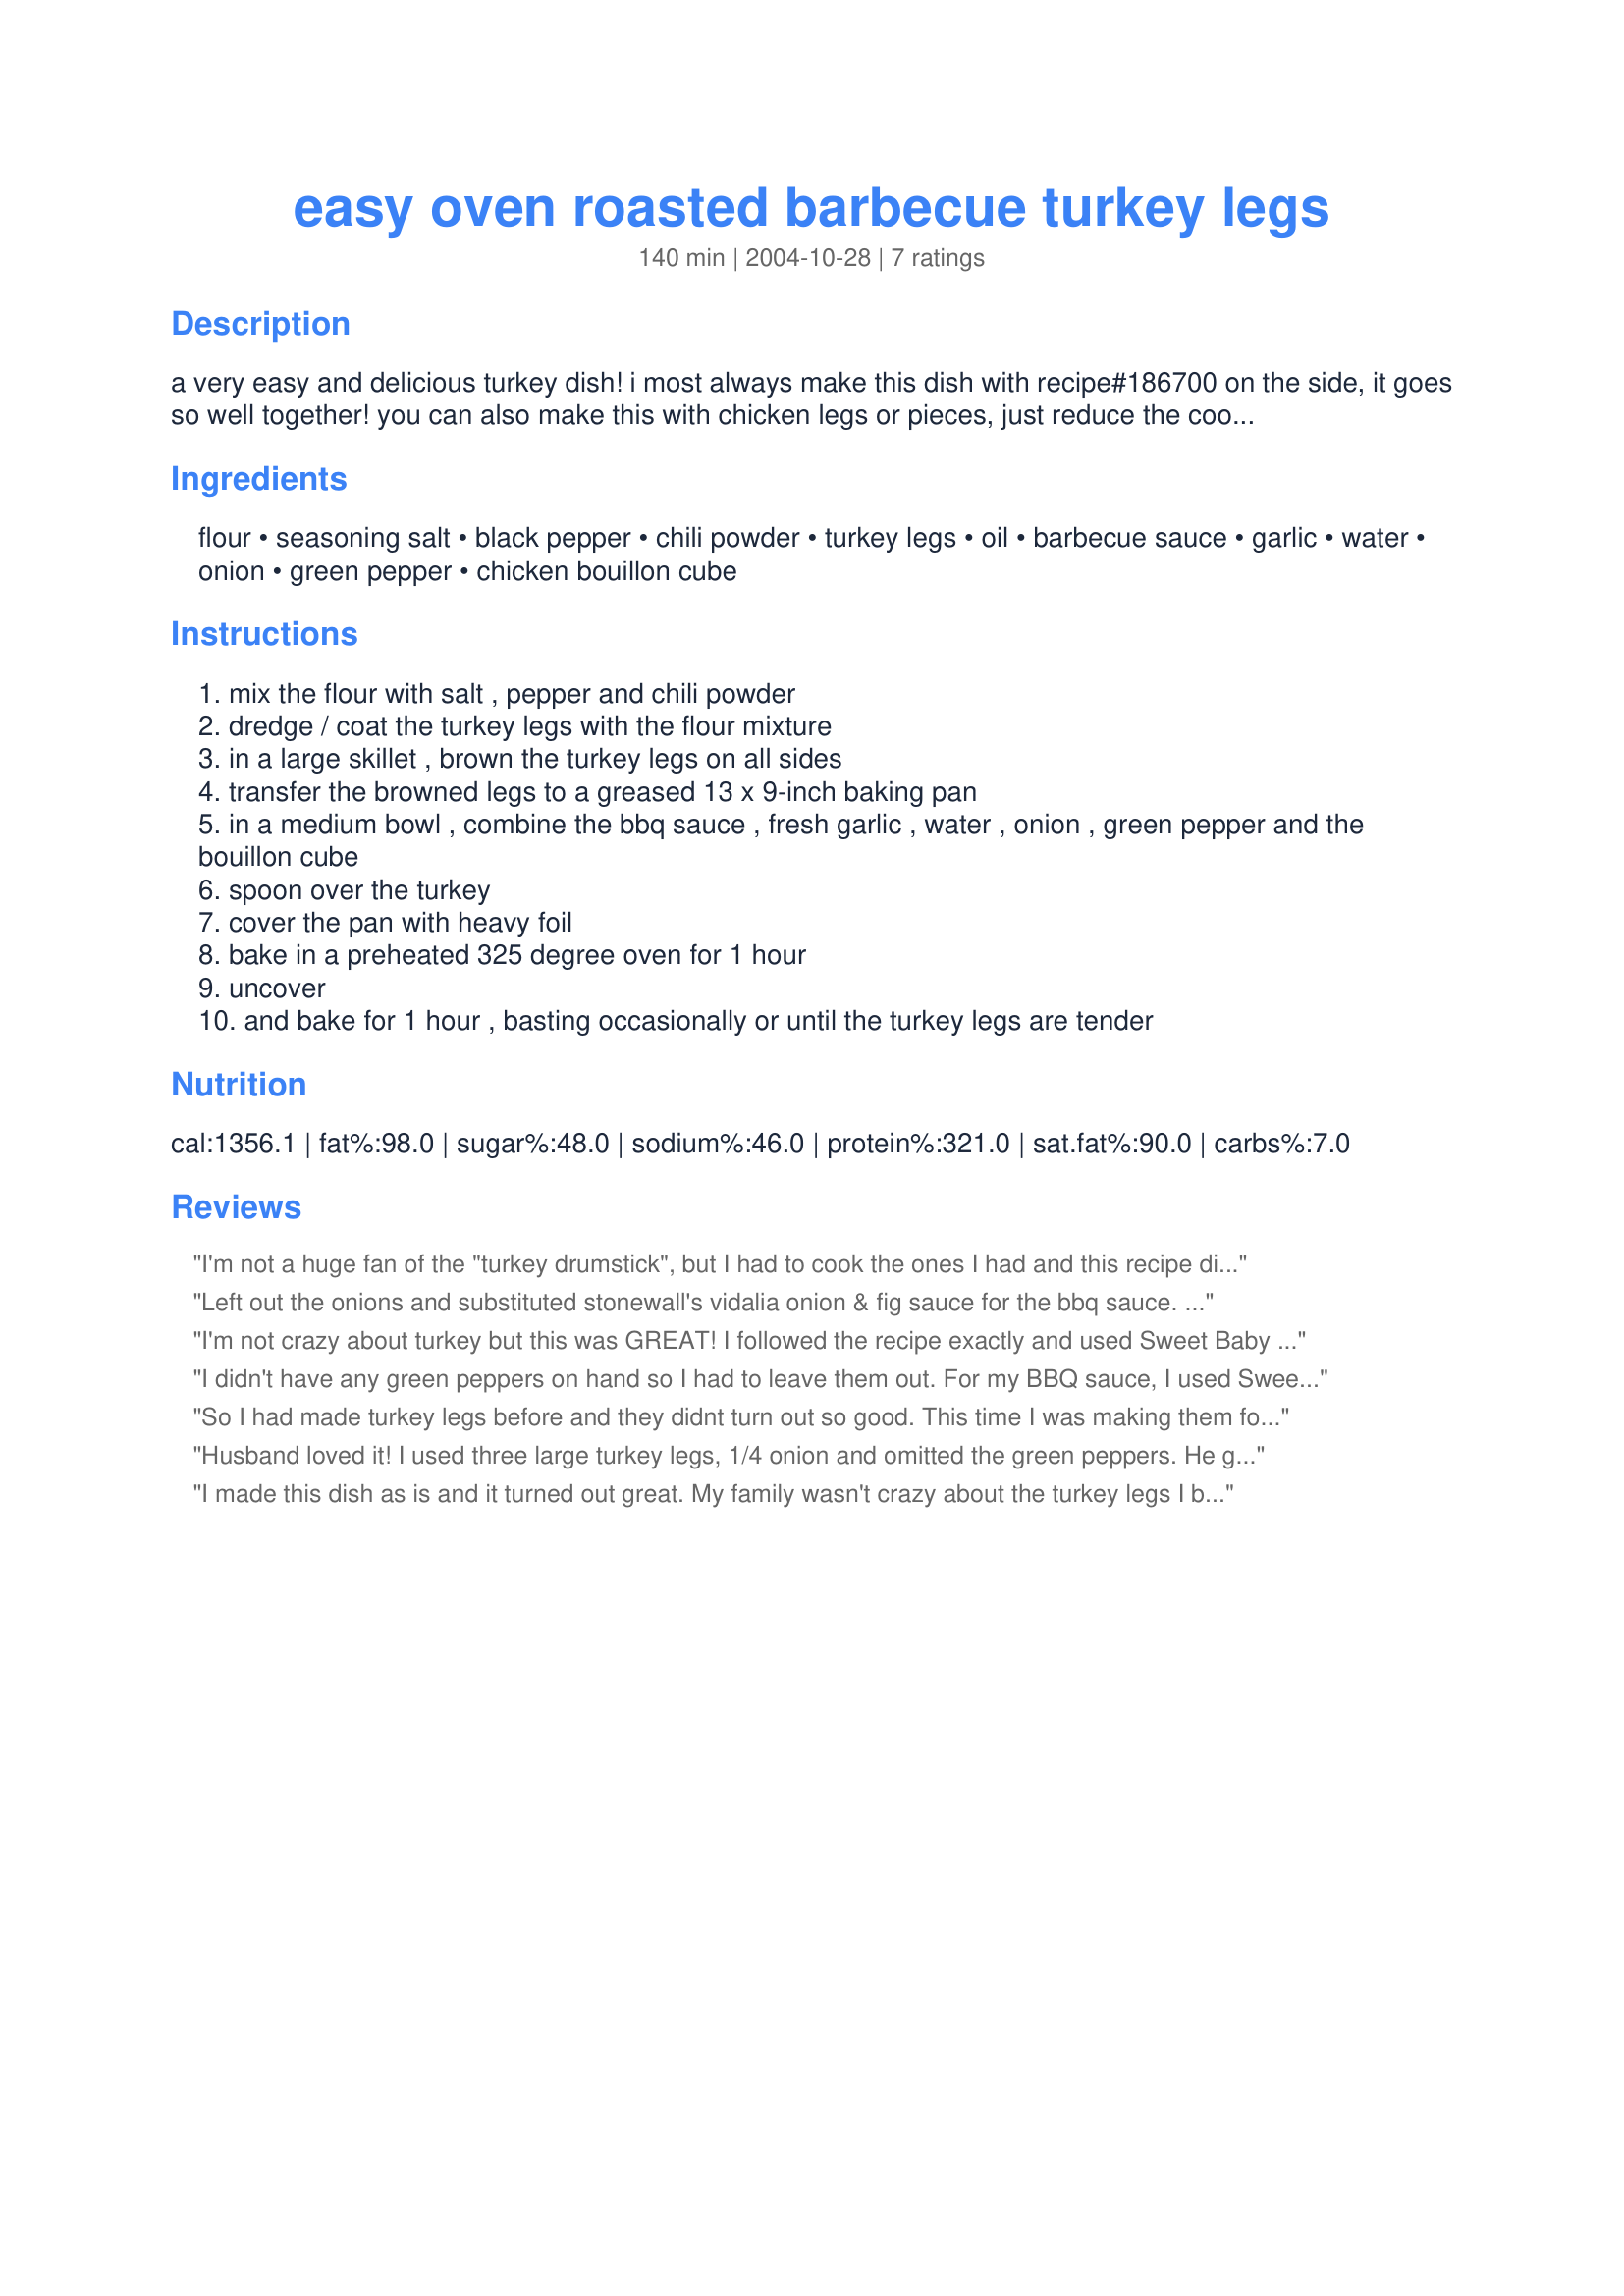
easy oven roasted barbecue turkey legs
Preparation time: 140 minutes

a very easy and delicious turkey dish! i most always make this dish with recipe#186700 on the side, it goes so well together! you can also make this with chicken legs or pieces, just reduce the cooking time. this recipe can be doubled.

Ingredients:
flour, seasoning salt, black pepper, chili powder, turkey legs, oil, barbecue sauce, garlic, water, onion, green pepper, chicken bouillon cube

Steps:
mix the flour with salt , pepper and chili powder
dredge / coat the turkey legs with the flour mixture
in a large skillet , brown the turkey legs on all sides
transfer the browned legs to a greased 13 x 9-inch baking pan
in a medium bowl , combine the bbq sauce , fresh garlic , water , onion , green pepper and the bouillon cube
spoon over the turkey
cover the pan with heavy foil
bake in a preheated 325 degree oven for 1 hour
uncover
and bake for 1 hour , basting occasionally or until the turkey legs are tender

Reviews:
I'm not a huge fan of the "turkey drumstick", but I had to cook the ones I had and this recipe did a fine job of that! I don't think I will use the green pepper next time. it just seemed 'out-of-place' but the turkey fell off the bone so I will try again with chicken and re-review. Thanks Kittencal! What would we (amateurs) do without chefs like you? Thank you!
Left out the onions and substituted stonewall's vidalia onion & fig sauce for the bbq sauce. Used 2 large legs so had to increase cooking time to 1 1/2 hour. Turned out wonderful - Will try this again with turkey breast.
I'm not crazy about turkey but this was GREAT! I followed the recipe exactly and used Sweet Baby Ray's honey barbeque sauce.
Thanks.
I didn't have any green peppers on hand so I had to leave them out. For my BBQ sauce, I used Sweet Baby's sweet and spicy. My turkey legs turned out tender and with lots of flavor. This recipe is a keeper. Thanks for another great recipe!
So I had made turkey legs before and they didnt turn out so good. This time I was making them for my parents and husband so I knew they had to impress...this recepie definetly did. My dad gave it a 5 out of 5 and thats good since he can cook. I didnt add the green pepper and I left out the chili powder since my dad just had his gallbladder removed. Since I didnt have chicken boullion I subbed chicken brooth and didnt use water. It turned out great and I will definetly make again, Im gana try chicken next time just to try but turkey legs will be done again. Thanks
Husband loved it! I used three large turkey legs, 1/4 onion and omitted the green peppers. He gave it a nine on a scale of one to ten.
I made this dish as is and it turned out great. My family wasn't crazy about the turkey legs I bought so I might try it as suggested with chicken next time. The flavor of the sauce and the smell in the house was super.
